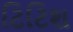
ટિટિશ